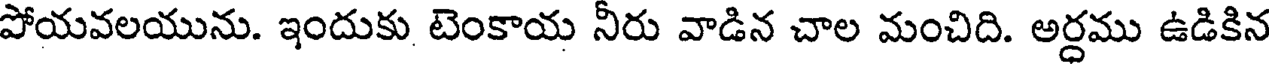
పోయవలయును. ఇందుకు టెంకాయ నీరు వాడిన చాల మంచిది. అర్ధము ఉడికిన